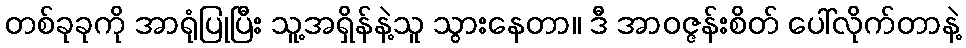
တစ်ခုခုကို အာရုံပြုပြီး သူ့အရှိန်နဲ့သူ သွားနေတာ။ ဒီ အာဝဇ္ဇန်းစိတ် ပေါ်လိုက်တာနဲ့